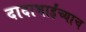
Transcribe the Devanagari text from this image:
दादाभाईंच्याच